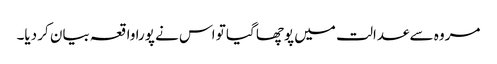
مروہ سے عدالت میں پوچھا گیا تو اس نے پورا واقعہ بیان کر دیا۔